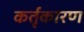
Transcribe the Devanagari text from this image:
कर्तृकारण